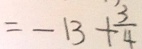
= - 1 3 + \frac { 3 } { 4 }